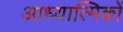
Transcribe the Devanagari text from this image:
आध्यात्मिकों